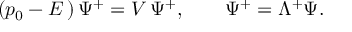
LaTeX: ( p _ { 0 } - E \, ) \, \Psi ^ { + } = V \, \Psi ^ { + } , \qquad \Psi ^ { + } = \Lambda ^ { + } \Psi .